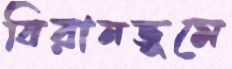
বিরানভূমে